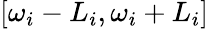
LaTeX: [\omega_{i}-L_{i},\omega_{i}+L_{i}]